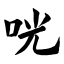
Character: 咣